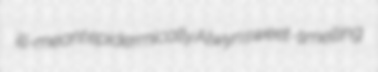
ill-meant epidermically Alwyn sweet-smelling